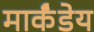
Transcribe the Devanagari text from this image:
मार्कंंडेय